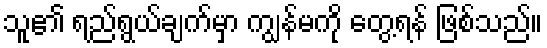
သူ၏ ရည်ရွယ်ချက်မှာ ကျွန်မကို တွေ့ရန် ဖြစ်သည်။